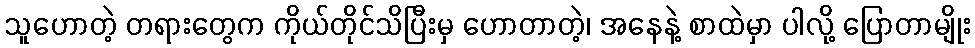
သူဟောတဲ့ တရားတွေက ကိုယ်တိုင်သိပြီးမှ ဟောတာတဲ့၊ အနေနဲ့ စာထဲမှာ ပါလို့ ပြောတာမျိုး